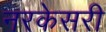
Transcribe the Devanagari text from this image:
नरकेसरी